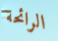
الرائحة